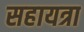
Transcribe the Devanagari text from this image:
सहायत्रा